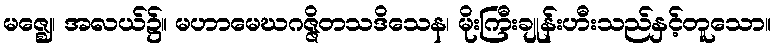
မဇ္ဈေ၊ အလယ်၌။ မဟာမေဃဂဇ္ဇိတသဒိသေန၊ မိုးကြီးချုန်းဟီးသည်နှင့်တူသော။